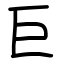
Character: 巨